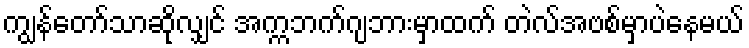
ကျွန်တော်သာဆိုလျှင် အက္ကဘက်ဂျဘားမှာထက် တဲလ်အဗစ်မှာပဲနေမယ်